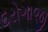
દરોગાજી